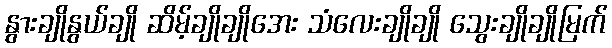
နွားချိုနွယ်ချို ဆိမ့်ချိုချိုအေး သံလေးချိုချို သွေးချိုချိုမြက်